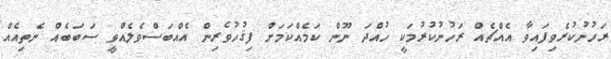
ރަހުނުކުރެވިފައިވާ އެއްޗެއް ރަހުނުކުރުމަކީ ހުއްދަ ނޫން ކަމެއްކަމަށް ފިޤުހުވެރިން އެއްބަސްވެލެއްވީ ސަބަބެއް ނެތިއެއް